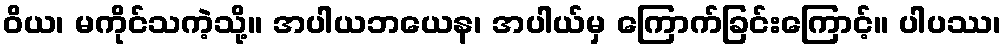
ဝိယ၊ မကိုင်သကဲ့သို့။ အပါယဘယေန၊ အပါယ်မှ ကြောက်ခြင်းကြောင့်။ ပါပဿ၊